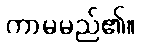
ကာမမည်၏။